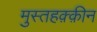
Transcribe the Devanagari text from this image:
मुस्तहक़्क़ीन